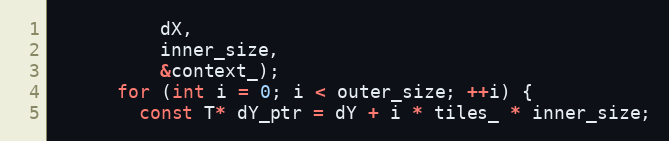
Language: C
          dX,
          inner_size,
          &context_);
      for (int i = 0; i < outer_size; ++i) {
        const T* dY_ptr = dY + i * tiles_ * inner_size;